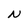
Character: N